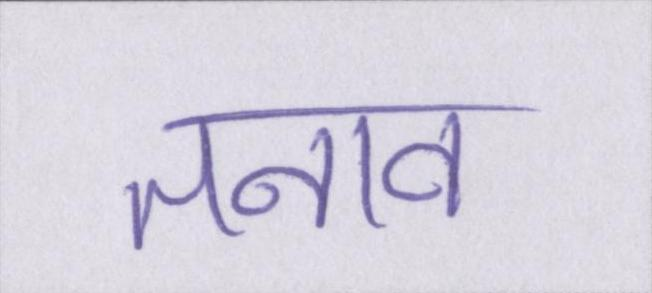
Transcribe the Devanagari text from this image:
तनाव